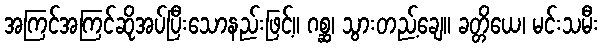
အကြင်အကြင်ဆိုအပ်ပြီးသောနည်းဖြင့်။ ဂစ္ဆ၊ သွားတည့်ချေ။ ခတ္တိယေ၊ မင်းသမီး